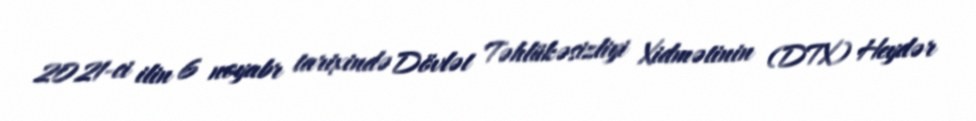
2021-ci ilin 6 noyabr tarixində Dövlət Təhlükəsizliyi Xidmətinin (DTX) Heydər